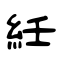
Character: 紝